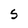
Character: S